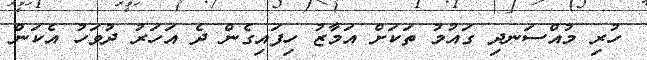
ހުރި މުއްސަނދި ގައުމު ތަކަށް އަމާޒު ހިފައިގެން ދެ އަހަރު ދުވަހު އެކަން